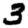
Digit: 3